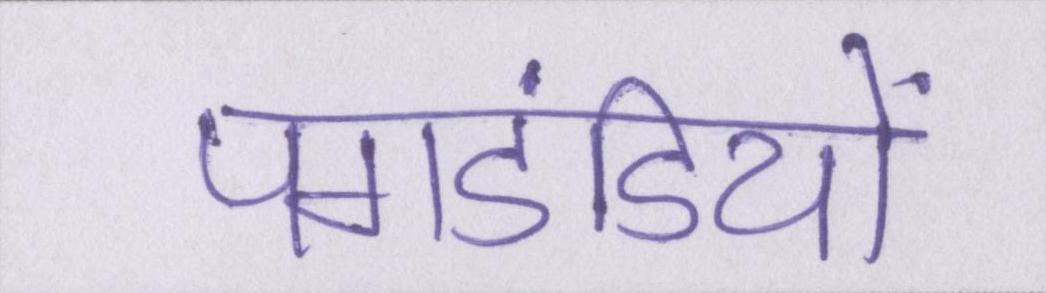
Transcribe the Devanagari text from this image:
पगडंडियों